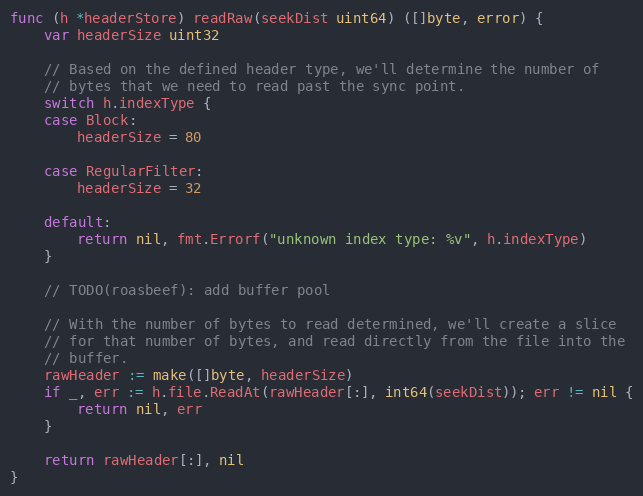
Language: Go
func (h *headerStore) readRaw(seekDist uint64) ([]byte, error) {
	var headerSize uint32

	// Based on the defined header type, we'll determine the number of
	// bytes that we need to read past the sync point.
	switch h.indexType {
	case Block:
		headerSize = 80

	case RegularFilter:
		headerSize = 32

	default:
		return nil, fmt.Errorf("unknown index type: %v", h.indexType)
	}

	// TODO(roasbeef): add buffer pool

	// With the number of bytes to read determined, we'll create a slice
	// for that number of bytes, and read directly from the file into the
	// buffer.
	rawHeader := make([]byte, headerSize)
	if _, err := h.file.ReadAt(rawHeader[:], int64(seekDist)); err != nil {
		return nil, err
	}

	return rawHeader[:], nil
}